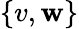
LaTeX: \{ v,\mathbf{w}\}